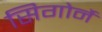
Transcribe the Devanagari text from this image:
सिगोर्ने